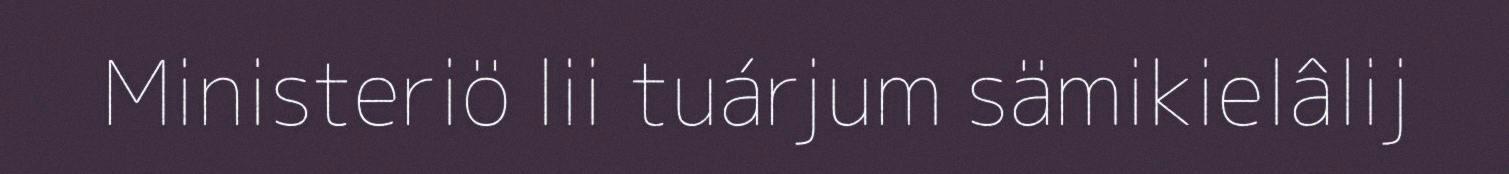
Ministeriö lii tuárjum sämikielâlij